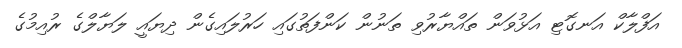
އަފްލާކް އަނގޮޓި އަޅުވަން ތައްޔާރުވި ތަނުން ކަންފަތުގައި ހަރުލައިގެން ދިޔައީ ލަޔާލްގެ ރުއިމުގެ